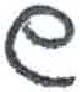
אות: ש